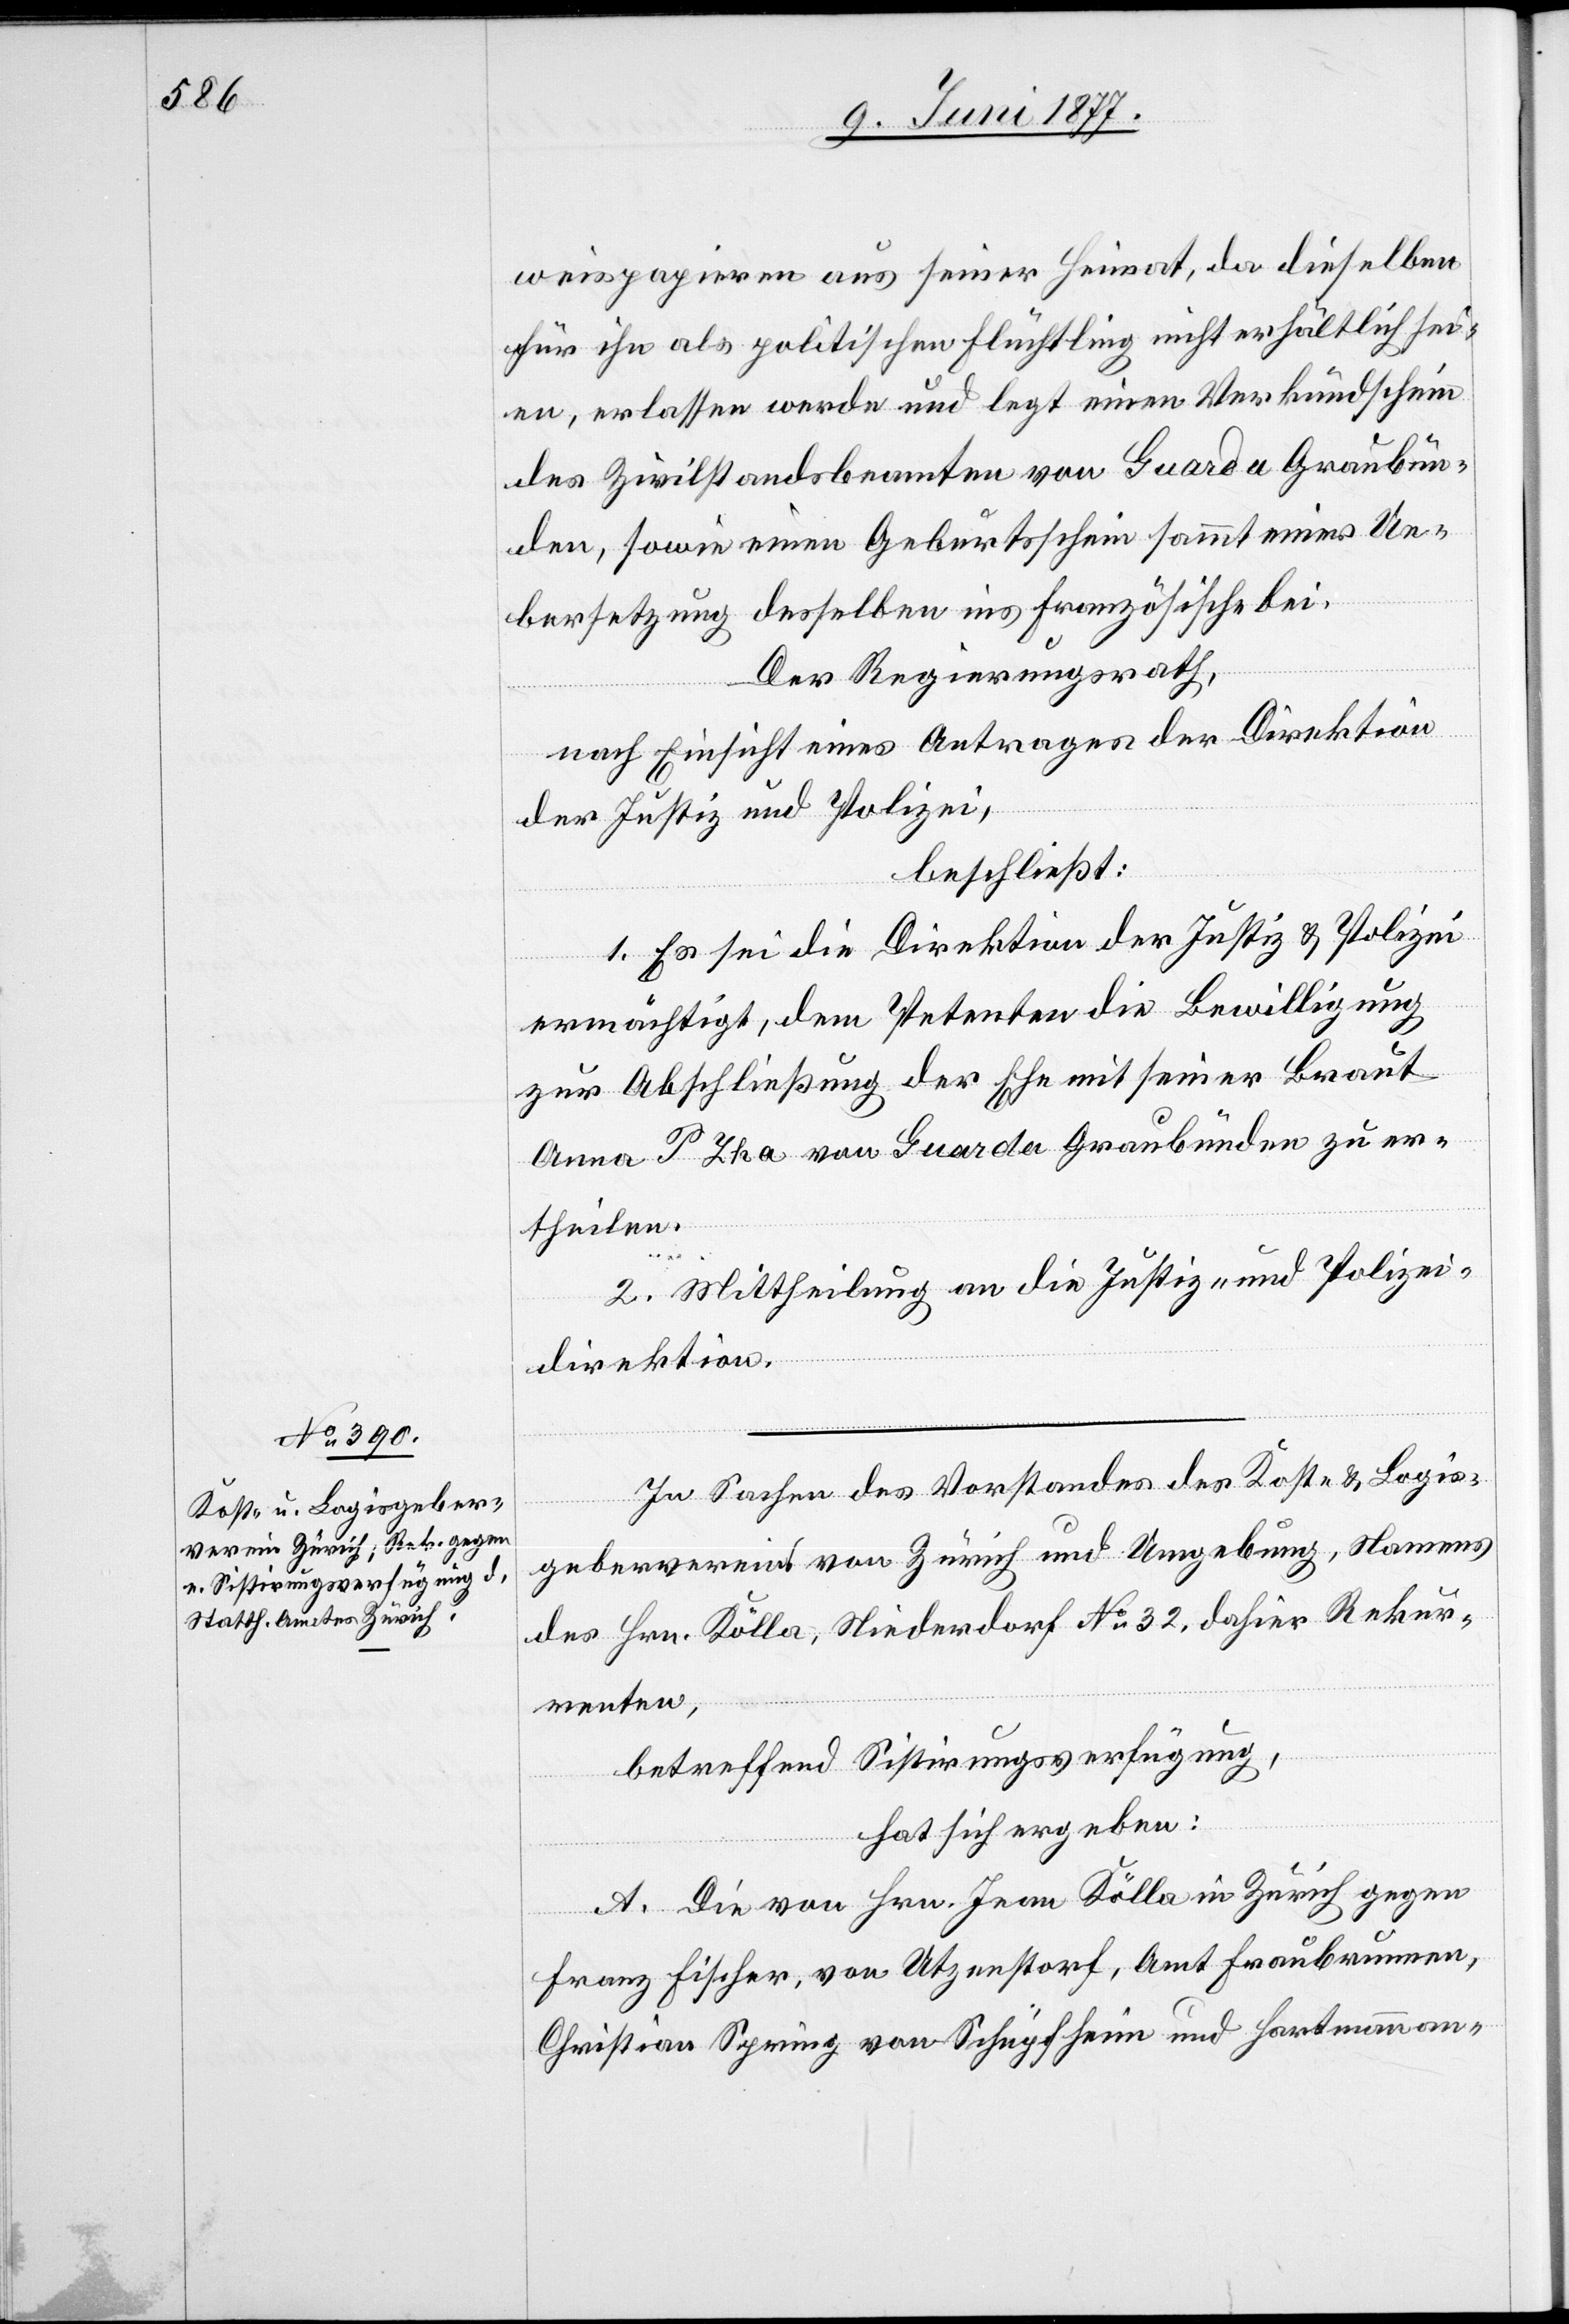
weispapieren aus seiner Heimat, da dieselben
für ihn als politischen Flüchtling nicht erhältlich sei¬
en, erlassen werden und legt einen Verkündschein
des Zivilstandsbeamten von Guarda Graubün¬
den, sowie einen Geburtsschein sammt einer Ue¬
bersetzung desselben ins Französische bei.
Der Regierungsrath,
nach Einsicht eines Antrages der Direktion
der Justiz und Polizei,
beschließt:
1. Es sei die Direktion der Justiz & Polizei
ermächtigt, dem Petenten die Bewilligung
zur Abschließung der ehe mit seiner Braut
Anna Pyka von Guarda Graubünden zu er¬
theilen.
2. Mittheilung an die Justiz- und Polizei¬
direktion.
In Sachen des Vorstandes des Kost- & Logis¬
gebervereins von Zürich und Umgebung, Namens
des Hrn. Kölla, Niederdorf No 32, dahier Rekur¬
renten,
betreffend Sistirungsverfügung,
hat sich ergeben:
A. Die von Hrn. Jean Kölla in Zürich gegen
Franz Fischer, von Utzenstorf, Amt Fraubrunnen,
Christian Spring von Schüpfheim und Hartmann an-